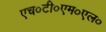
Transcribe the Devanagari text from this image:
एच०टी०एम०एल०